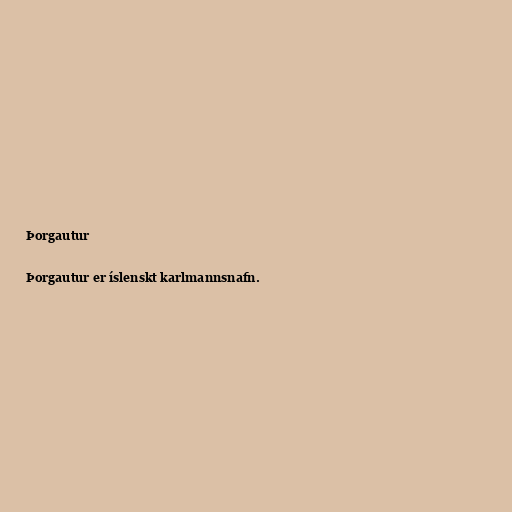
Þorgautur

Þorgautur er íslenskt karlmannsnafn.